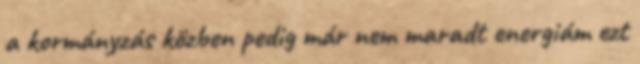
a kormányzás közben pedig már nem maradt energiám ezt